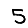
Digit: 5